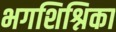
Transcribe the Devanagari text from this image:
भगशिश्निका